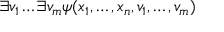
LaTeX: \exists v _ { 1 } \dots \exists v _ { m } \psi ( x _ { 1 } , \dots , x _ { n } , v _ { 1 } , \dots , v _ { m } )